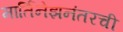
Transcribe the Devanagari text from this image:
मार्तिनेझनंतरची